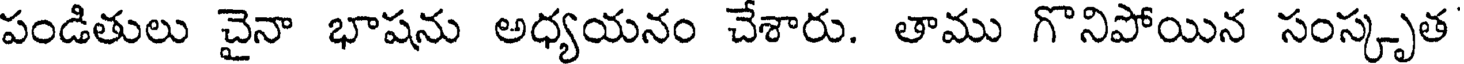
పండితులు చైనా భాషను అధ్యయనం చేశారు. తాము గొనిపోయిన సంస్కృత